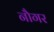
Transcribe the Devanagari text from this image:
नौगर